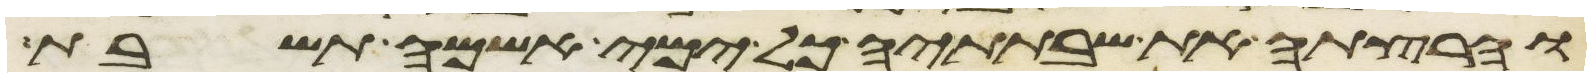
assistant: והרצתה את שבתתיה כל ימי אשמה תשבת